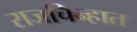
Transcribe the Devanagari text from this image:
राजचिन्हात